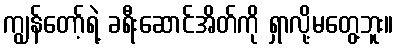
ကျွန်တော့်ရဲ့ ခရီးဆောင်အိတ်ကို ရှာလို့မတွေ့ဘူး။